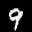
Label: 9